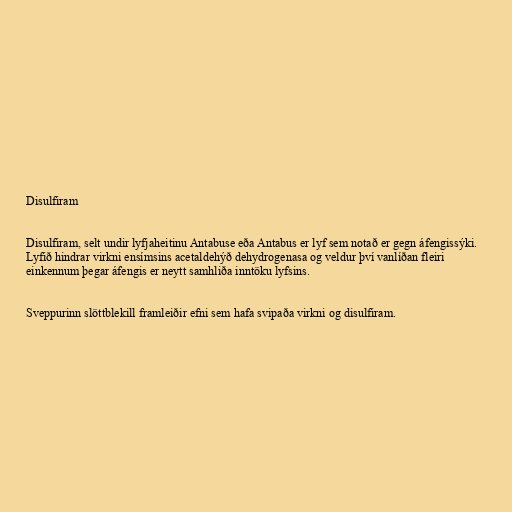
Disulfiram

Disulfiram, selt undir lyfjaheitinu Antabuse eða Antabus er lyf sem notað er gegn áfengissýki.
Lyfið hindrar virkni ensímsins acetaldehýð dehydrogenasa og veldur því vanlíðan fleiri
einkennum þegar áfengis er neytt samhliða inntöku lyfsins.

Sveppurinn slöttblekill framleiðir efni sem hafa svipaða virkni og disulfiram.